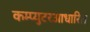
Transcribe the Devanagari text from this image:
कम्प्युटरआधारित